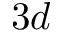
3 d